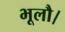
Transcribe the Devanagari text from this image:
भूलौ।